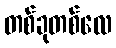
တစ်ခုတစ်လေ